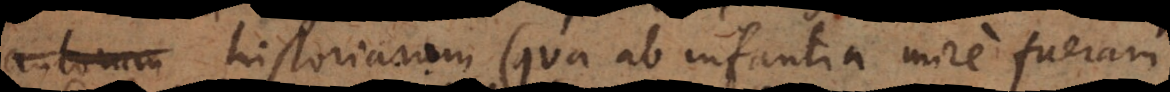
autorum historianum (qua ab infantia mire fueram